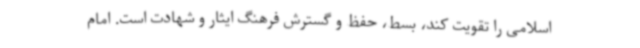
اسلامی را تقویت کند، بسط، حفظ و گسترش فرهنگ ایثار و شهادت است. امام